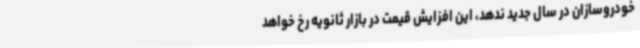
خودروسازان در سال جدید ندهد، این افزایش قیمت در بازار ثانویه رخ خواهد